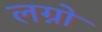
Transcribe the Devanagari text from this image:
लग्नो